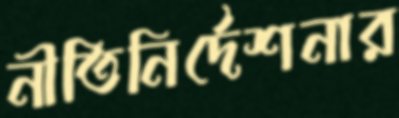
নীতিনির্দেশনার